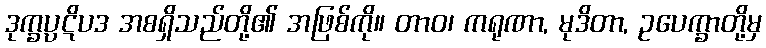
ဒုက္ခပ္ပဋိပဒ အစရှိသည်တို့၏ အဖြစ်ကို။ တာဝ၊ ကရုဏာ, မုဒိတာ, ဥပေက္ခာတို့မှ